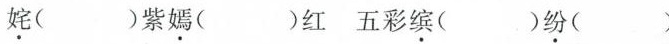
姹()紫嫣()红五彩缤()纷()